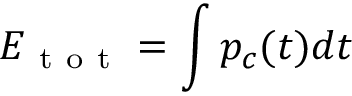
E _ { \mathrm { ~ t ~ o ~ t ~ } } = \int p _ { c } ( t ) d t